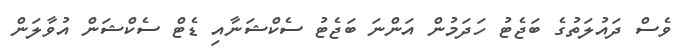
ވެސް ދައުލަތުގެ ބަޖެޓު ހަދަމުން އަންނަ ބަޖެޓު ސެކްޝަނާއި ޑެޓް ސެކްޝަން އުވާލަން